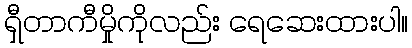
ရှီတာကီမှိုကိုလည်း ရေဆေးထားပါ။